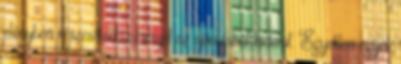
előnyben részesíteni, ez majd az ajánlásból kiderül. Egyetlen egyet